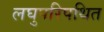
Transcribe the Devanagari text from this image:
लघुपरिपथित